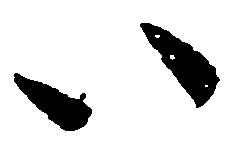
い